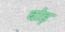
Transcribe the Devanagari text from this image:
बोड़